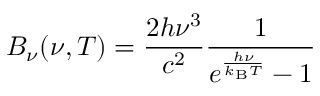
B _ { \nu } ( \nu , T ) = { \frac { 2 h \nu ^ { 3 } } { c ^ { 2 } } } { \frac { 1 } { e ^ { \frac { h \nu } { k _ { \mathrm { B } } T } } - 1 } }